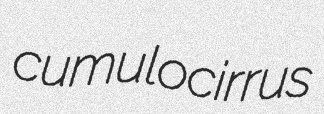
cumulocirrus